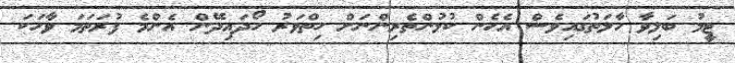
ޓީމު ބަލިވާ ހާލަތުގައިވެސް އެހެން ކުޅުންތެރިންނަށް ހިތްވަރު ހޯދައިދޭން އެންމެ ފުރަތަމަ ވާހަކަ